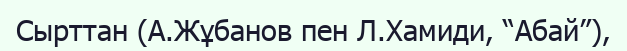
Сырттан (А.Жұбанов пен Л.Хамиди, “Абай”),